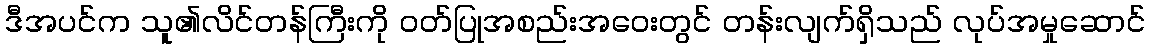
ဒီအပင်က သူ၏လိင်တန်ကြီးကို ဝတ်ပြုအစည်းအဝေးတွင် တန်းလျက်ရှိသည် လုပ်အမှုဆောင်